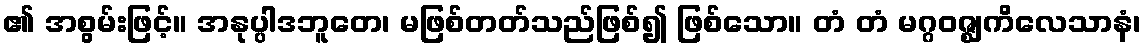
၏ အစွမ်းဖြင့်။ အနုပ္ပါဒဘူတေ၊ မဖြစ်တတ်သည်ဖြစ်၍ ဖြစ်သော။ တံ တံ မဂ္ဂဝဇ္ဈကိလေသာနံ၊